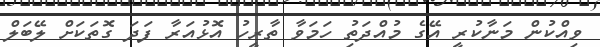
ވިއްކުން މަނާކުރީ އޭގެ މުއްދަތުި ހަމަވާ ތާރީހު އޮޅުއަރާ ފަދަ ގޮތަކަށް ލޭބަލް